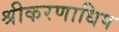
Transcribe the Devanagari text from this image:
श्रीकरणाधिप